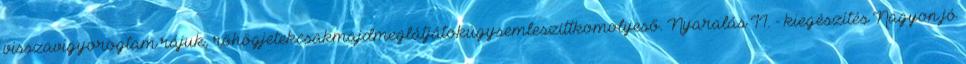
visszavigyorogtam rájuk, röhögjetekcsakmajdmeglátjátokúgysemleszittkomolyeső. Nyaralás II. - kiegészítés Nagyon jó